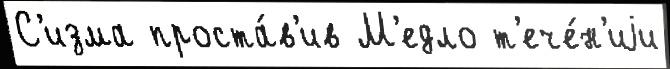
С'изма проста́в'ив М'едло т'ече́н'иjи